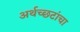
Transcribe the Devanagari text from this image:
अर्थच्‍छटांचा